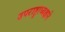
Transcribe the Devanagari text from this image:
उपराष्ट्राध्यक्षाने